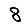
Digit: 8